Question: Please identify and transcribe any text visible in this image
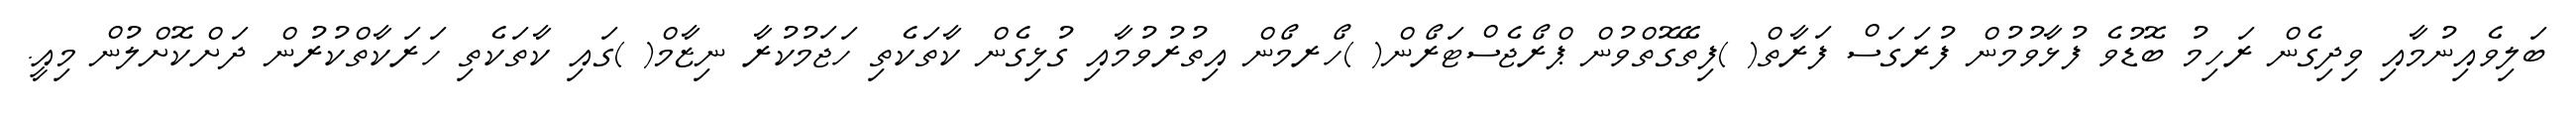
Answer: ބަލިވެއިނުމާއި ވިދިގެން ރަހިމު ބޮޑުވެ ފުޅާވުމުން ފުރަގަސް ފަރާތް( )ފިތޭގޮތްވުން ޕްރޯޖެސްޓަރޯން( )ހޯރމޯން އިތުރުވުމާއި ގުޅިގެން ކާތަކެތި ހަޖަމުކުރާ ނިޒާމް( )ގައި ކާތަކެތި ހަރަކާތްކުރުން ދަށްކޮށްލުން މިއީ.